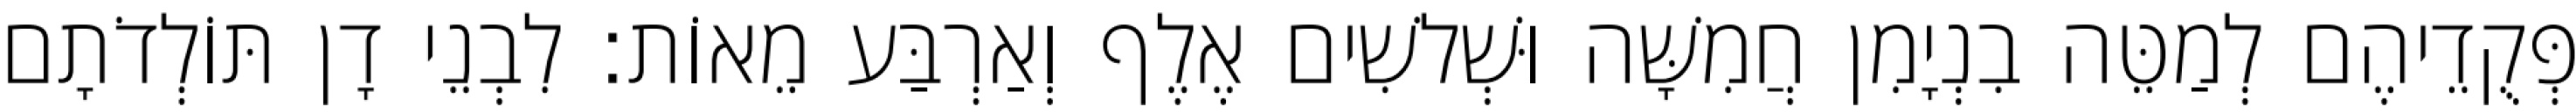
פְּקֻדֵיהֶם לְמַטֵּה בִנְיָמִן חֲמִשָּׁה וּשְׁלשִׁים אֶלֶף וְאַרְבַּע מֵאוֹת׃ לִבְנֵי דָן תּוֹלְדֹתָם